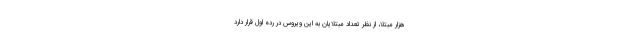
هزار مبتلا، از نظر تعداد مبتلایان به این ویروس در رده اول قرار دارد